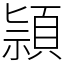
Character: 頴